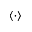
\left\langle \cdot \right\rangle